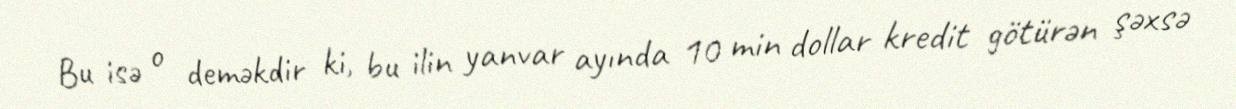
Bu isə o deməkdir ki, bu ilin yanvar ayında 10 min dollar kredit götürən şəxsə